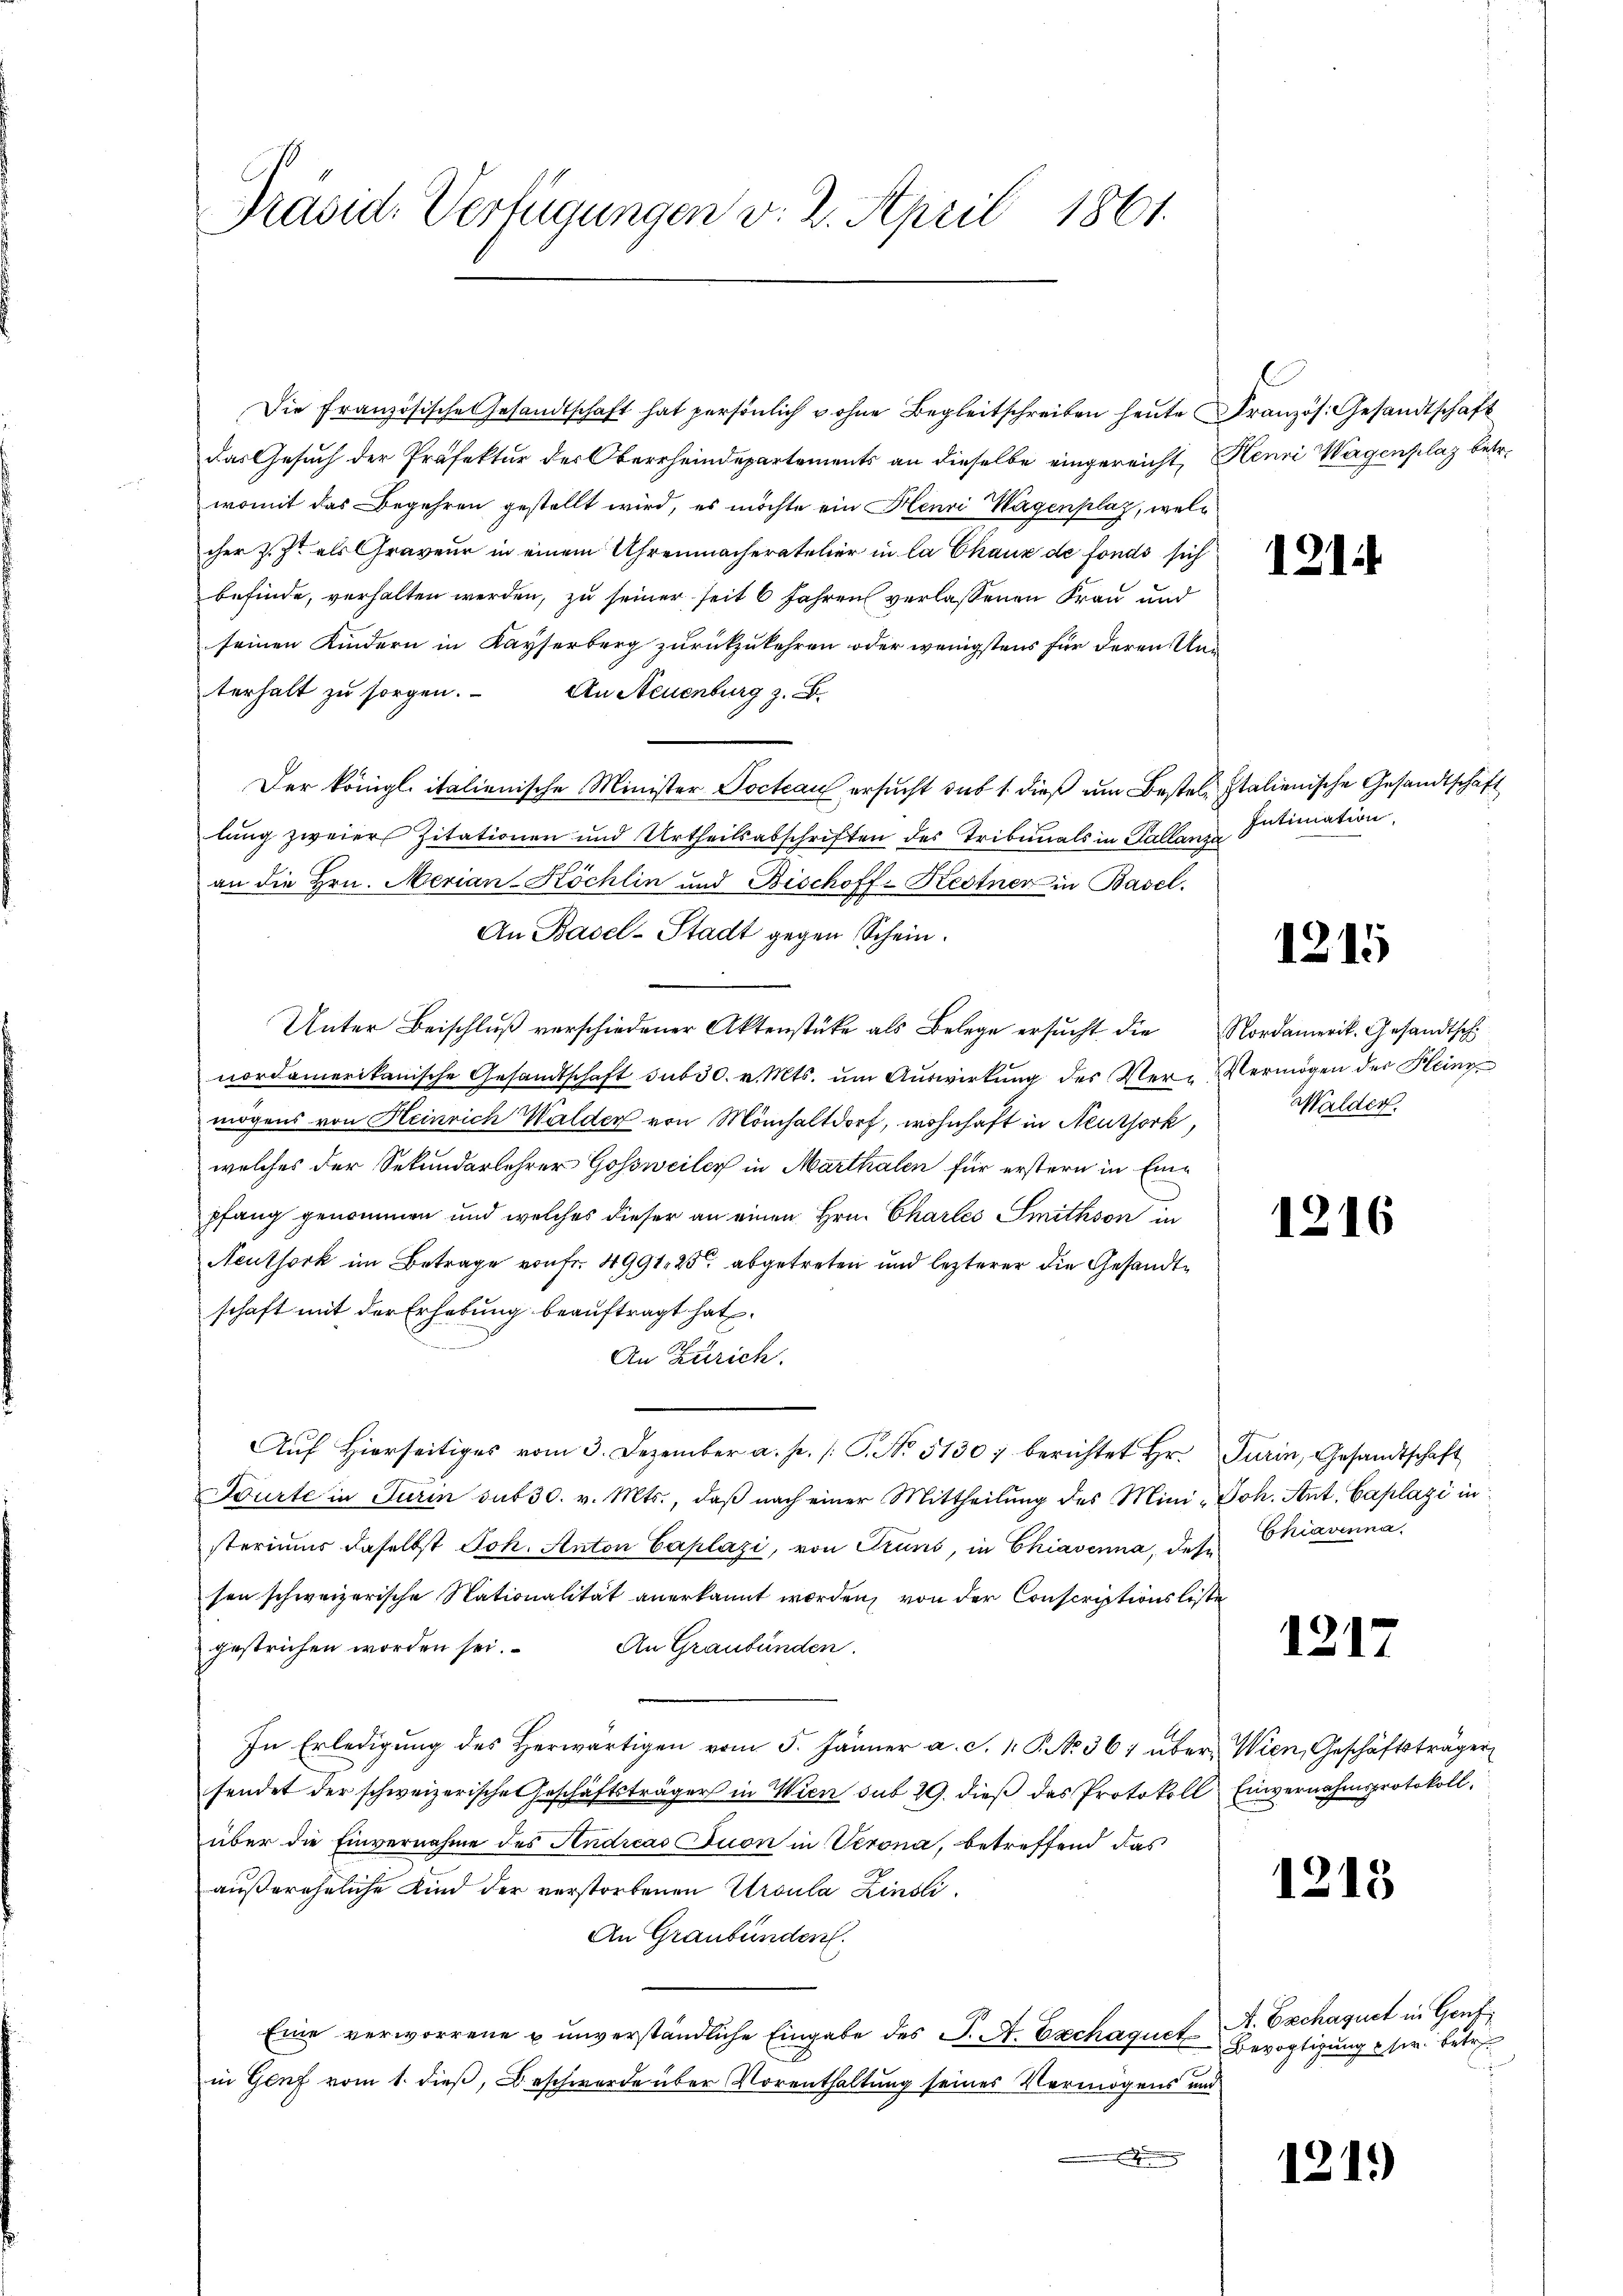
Präsid. Verfügungen v. 2. April 1861.

Die Französische Gesandtschaft hat persönlich u ohne Begleitschreiben heute
das Gesuch der Präfektur des Oberrheindepartements an dieselbe eingereicht,
womit das Begehren gestellt wird, es möchte ein Henri Wagenplaz, welcher z. Zt. als Graveur in einem Uhrenmacheratelier in la Chaux de fonds sich
befinde, verhalten werden, zu seiner seit 6 Jahren verlassenen Frau und
seinen Kindern in Kayserberg zurückzukehren oder wenigstens für deren Anterhalt zu sorgen. An Neuenburg z. B.
Der königl. italienische Minister Pocteau ersucht sub 1 dieß um Bestel-Italienische Gesandtschaft
lung zweier Zitationen und Urtheilsabschriften des Tribunals in Pallanza
an die Hrn. Merian-Köchlin und Bischoff-Restner in Basel.
An Basel-Stadt gegen Schein.
Unter Beischluß verschiedener Aktenstüke als Belege ersucht die
nordamerikanische Gesandtschaft sub 30. v. Mts. um Auswirkung des Ver-Vermögen der Heinz
mögens von Heinrich Walder von Mönchaltdorf, wohnhaft in Neuthork,
welches der Sekundarlehrer Gossweiler in Marthalen für erstern in Einpfang genommen und welches dieser an einen Hrn. Chartes Smithson in
Neuthork im Betrage von fr. 4991, 25 abgetreten und lezterer die Gesandtschaft mit der Erhebung beauftragt hat.
An Zürich.
Auf hierseitiges vom 3. Dezember a. p. /: P. No. 5130; berichtet Hr. Turin, Gesandtschaft
Dürte in Turin sub 30. v. Mts., daβ nach einer Mittheilŭng des Mini, Joh. Ant. Caplazi in:
steriums daselbst Joh. Anton Caplazi, von Truns, in Chiavenna, des Chiavinna
sen schweizerische Nationalität anerkannt worden, von der Conscriptionsle
An Graubünden.
gestrichen worden sei.
In Erledigung des Herwärtigen vom 5. Jänner a. S. 1. P. No. 361 über Wien, Geschäftsträger
fendet der schweizerische Geschäftsträger in Wien sub 29. dieβ das Protokoll Einvernahmsprotokoll,
über die Einvernahme des Andreas Juon in Verona, betreffend das
außereheliche Kind der verstorbenen Ursula Zinsli¬
An Graubünden.
Eine verworrene u unverständliche Eingabe des J. A. Exchaquet
in Genf vom 1. dieß, Beschwerde über Vorenthaltung seines Vermögens und
.

Französ. Gesandtschaft
Henri Wagenplaz betr.

4

121

Intimation.

1215

1216

13

2

Nordamerik. Gesandtsch
Walder.

1215

A. Exchaquet in Genf
Bevogtigung der Ertr

1219)